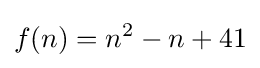
f(n)=n^{2}-n+41